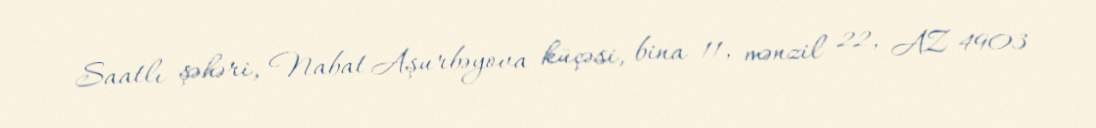
Saatlı şəhəri, Nabat Aşurbəyova küçəsi, bina 11, mənzil 22, AZ 4903